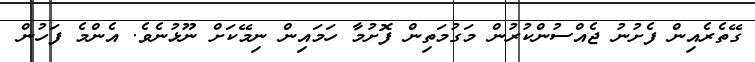
ގޭތެރެއިން ފެށުނު ޖެއްސުންކުރުން މަގުމަތިން ފޮށުމާ ހަމައިން ނިމޭކަށް ނޫޅުނެވެ. އެންމެ ފަހުން